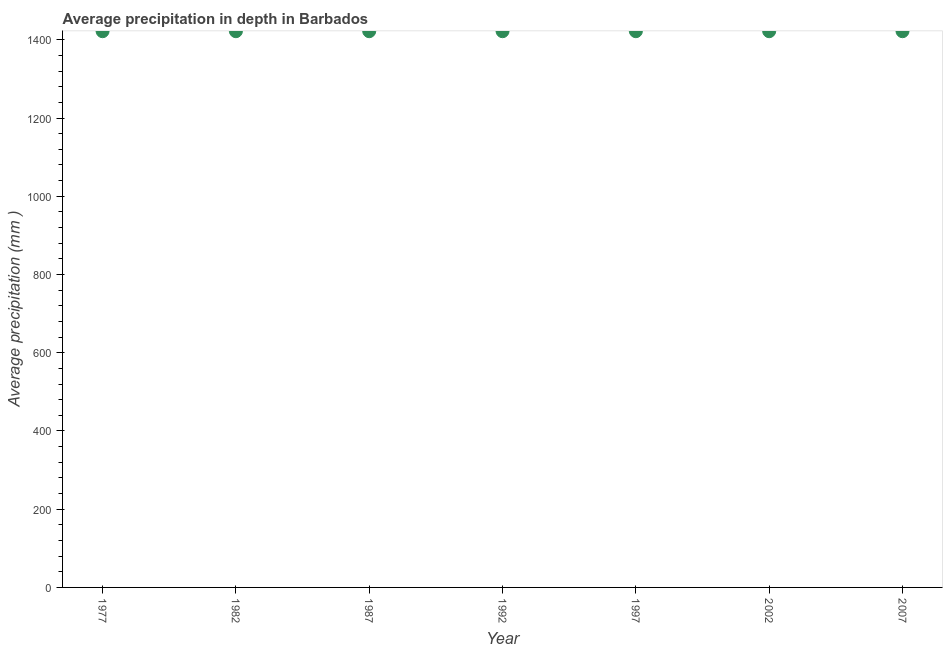
| Year | Average precipitation in depth |
 | --- | --- |
 | 1977 | 1.42e+03 |
 | 1982 | 1.42e+03 |
 | 1987 | 1.42e+03 |
 | 1992 | 1.42e+03 |
 | 1997 | 1.42e+03 |
 | 2002 | 1.42e+03 |
 | 2007 | 1.42e+03 |